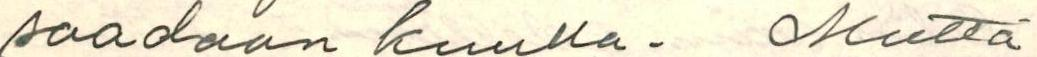
saadaan kuulla. Mutta